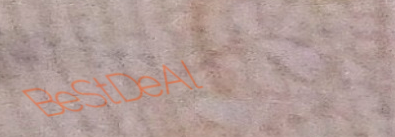
BeStDeAl